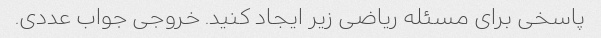
پاسخی برای مسئله ریاضی زیر ایجاد کنید. خروجی جواب عددی.